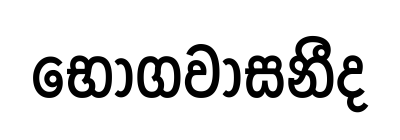
භොගවාසනීද